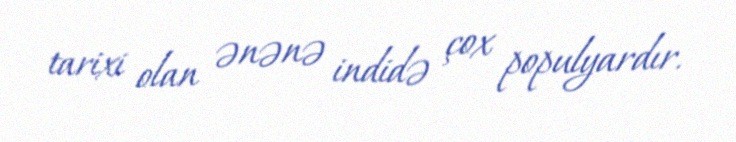
tarixi olan ənənə indidə çox populyardır.